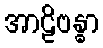
အာဠိဗန္ဓာ